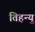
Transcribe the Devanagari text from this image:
तिहन्यु